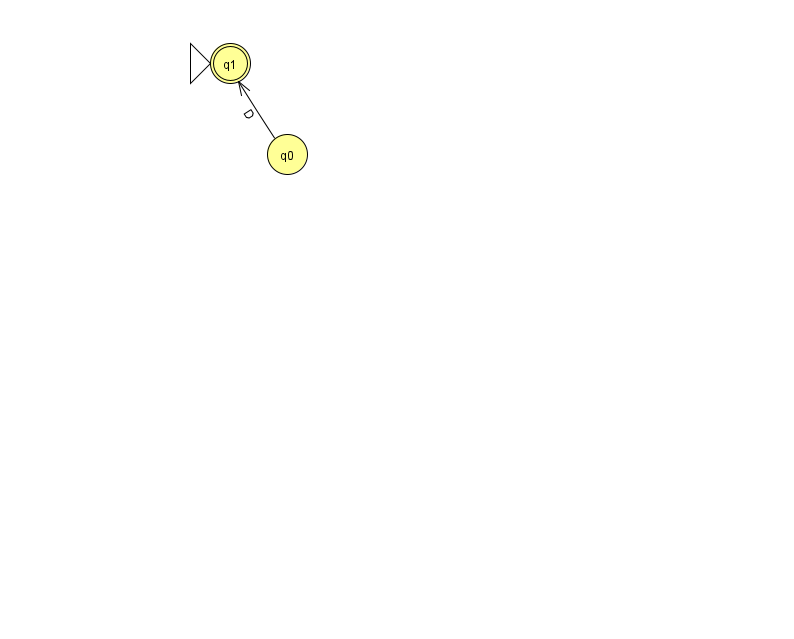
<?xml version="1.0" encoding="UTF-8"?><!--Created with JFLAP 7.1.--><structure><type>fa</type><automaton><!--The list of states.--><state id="0" name="q0"><x>287.0</x><y>141.0</y></state><state id="1" name="q1"><x>230.0</x><y>50.0</y><initial/><final/></state><!--The list of transitions.--><transition><from>0</from><to>1</to><read>D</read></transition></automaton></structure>